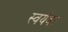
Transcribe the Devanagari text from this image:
स्‍वयंवर